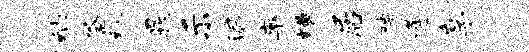
纳釜缪晁示漏率糟居聘逄享